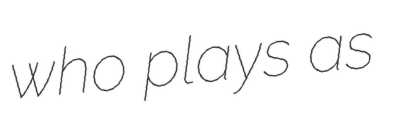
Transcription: who plays as